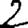
Digit: 2